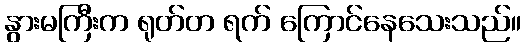
နွားမကြီးက ရုတ်တ ရက် ကြောင်နေသေးသည်။